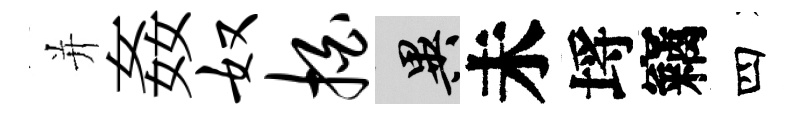
并姦奴拍异未埓竊四